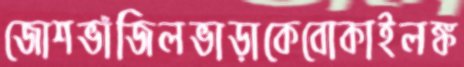
জোশভাঁজিলভাড়াকেবোকাইলঙ্ক